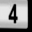
Digit: 4